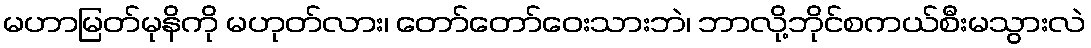
မဟာမြတ်မုနိကို မဟုတ်လား၊ တော်တော်ဝေးသားဘဲ၊ ဘာလို့ဘိုင်စကယ်စီးမသွားလဲ